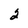
Character: 2